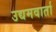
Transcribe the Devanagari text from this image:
उद्यमवार्ता